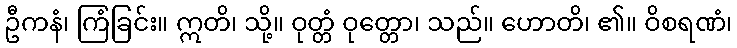
ဦကနံ၊ ကြံခြင်း။ ဣတိ၊ သို့။ ဝုတ္တံ ဝုတ္တော၊ သည်။ ဟောတိ၊ ၏။ ဝိစရဏံ၊